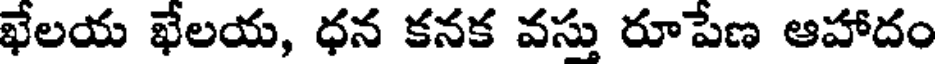
ఖేలయ ఖేలయ, ధన కనక వస్తు రూపేణ ఆహాదం